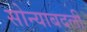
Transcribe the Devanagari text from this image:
सोन्याबदली